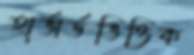
হার্ভার্ডভিত্তিক